Indian journal of veterinary science and animal husbandry - Volume 9,
Year: 1939
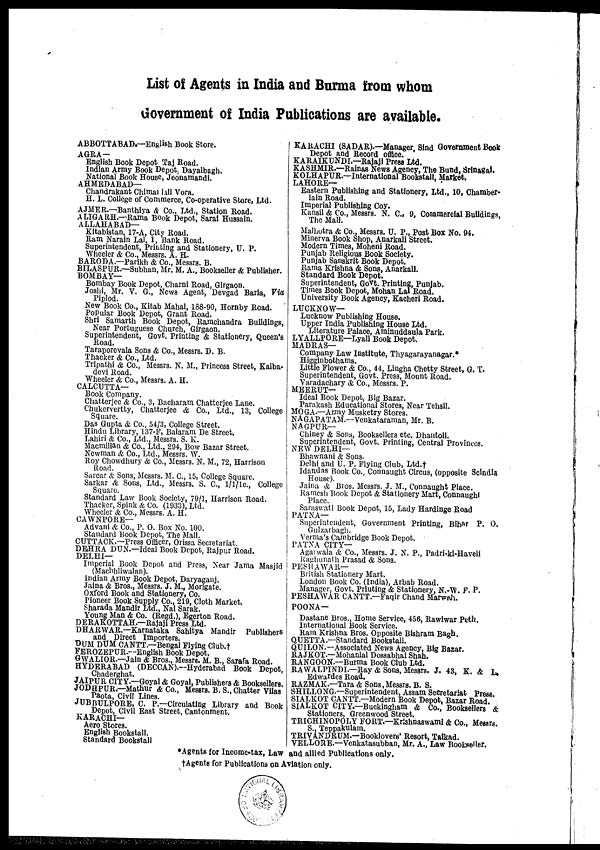
List of Agents in India and Burma from whom
Government of India Publications are available.
ABBOTTABAD.—English Book Store.
AGRA—
English Book Depot Taj Road.
Indian Army Book Depot. Dayalbagh.
National Book House, Jeonamandi.
AHMEDABAD—
Chandrakant Chimanlall Vora.
H. L. College of Commerce, Co-operative Store, Ltd.
AJMER.—Banthiya & Co., Ltd., Station Road.
A LIGARH.—Rama Book Depot, Sarai Hussain.
ALLAHABAD—
Kitabistan, 17-A, City Road.
Ram Narain Lal, 1, Bank Road.
Superintendent, Printing and Stationery, U. P.
Wheeler & Co., Messrs. A. H.
BARODA —Parikh & Co., Messrs. B.
BILASPUR.—Subhan, Mr. M. A., Bookseller & Publisher.
BOMBAY—
Bombay Book Depot, Charni Road, Girgaon.
Joshi, Mr. V. G., News Agent, Devgad Baria, Via
Piplod.
New Book Co., Kitab Mahal, 188-90, Hornby Road.
PoPular Book Depot, Grant Road.
Shri Samarth Book Depot, Ramchandra Buildings,
Near Portuguese Church, Girgaon.
Superintendent, Govt. Printing & Stationery, Queen's
Road.
Taraporevala Sons & Co., Messrs. D. B.
Thacker & Co., Ltd.
Tripathi & Co., Messrs. N. M., Princess Street, Kalba-
devi Road.
Wheeler & Co., Messrs. A. H.
CALCUTTA—
Book Company.
Chatterjee & Co., 3, Bacharam Chatterjee Lane.
Chukervertty, Chatterjee & Co., Ltd., 13, College
Square.
Das Gupta & Co., 54/3, College Street.
Hindu Library, 137-F, Balaram De Street.
Lahiri & Co., Ltd., Messrs. S. K.
Macmillan & Co., Ltd., 294, Bow Bazar Street.
Newman & Co., Ltd., Messrs. W.
Roy Chowdhury & Co., Messrs. N. M., 72, Harrison
Road.
Sarcar & Sons, Messrs. M. C., 15, College Square.
Sarkar & Sons, Ltd., Messrs. S. C., 1/1/1c., College
Square.
Standard Law Book Society, 79/1, Harrison Road.
Thacker, Spink & Co. (1933), Ltd.
Wheeler & Co., Messrs. A. H.
CAWNPORE—
Advani & Co., P. O. Box No. 100.
Standard Book Depot, The Mall.
CUTTACK.—Press Officer, Orissa Secretariat.
DEHRA DUN.—Ideal Book Depot, Rajpur Road.
DELHI—
Imperial Book Depot and Press, Near Jama Masjid
(Machhliwalan).
Indian Army Book Depot, Daryaganj.
Jaina & Bros., Messrs. J. M., Morigate.
Oxford Book and Stationery, Co.
Pioneer Book Supply Co., 219, Cloth Market.
Sharada Mandir Ltd., Nai Sarak.
Young Man & Co. (Regd.), Egerton Road.
DERAKOTTAH.—Rajaji Press Ltd.
DHARWAR.—Karnataka Sahitya Mandir Publishers
and Direct Importers.
DUM DUM CANTT.—Bengal Flying Club.†
FEROZEPUR.—English Book Depot.
GWALIOR.—Jain & Bros., Messrs. M. B., Sarafa Road.
HYDERABAD (DECCAN).—Hyderabad Book Depot,
Chaderghat.
JAIPUR CITY.—Goyal & Goyal, Publishers & Booksellers
JODHPUR.—Mathur & Co., Messrs. B. S.,Chatter Vilas
Paota, Civil Lines.
JUBBULPORE, C. P.—Circulating Library and Book
Depot, Civil East Street, Cantonment.
KARACHI—
Aero Stores.
English Bookstall.
Standard Bookstall
KARACHI (SADAR).—Manager, Sind Government Book
Depot and Record office.
KARAIKUNDI.—Rajaji Press Ltd.
KASHMIR.—Rainas News Agency, The Bund, Srinagal.
KOLHAPUR.—International Bookstall, Market.
LAHORE—
Eastern Publishing and Stationery, Ltd., 10, Chamber-
lain Road.
Imperial Publishing Coy.
Kansil & Co., Messrs. N. C., 9, Commercial Buildings,
The Mall.
Malhotra & Co., Messrs. U. P., Post Box No. 94.
Minerva Book Shop, Anarkali Street.
Modern Times, Moheni Road.
Punjab Religious Book Society.
Punjab Sanskrit Book Depot.
Rama Krishna & Sons, Anarkali.
Standard Book Depot.
Superintendent, Govt. Printing, Punjab.
Times Book Depot, Mohan Lal Road.
University Book Agency, Kacheri Road.
LUCKNOW—
Lucknow Publishing House.
Upper India Publishing House Ltd.
Literature Palace, Aminuddaula Park.
LYALLPORE—Lyall Book Depot.
MADRAS—
Company Law Institute, Thyagarayanagar.*
Higginbothams.
Little Flower & Co., 44, Lingha Chetty Street, G. T.
Superintendent, Govt. Press, Mount Road.
Varadachary & Co., Messrs. P.
MEERUT—
Ideal Book Depot, Big Bazar.
Parakash Educational Stores, Near Tehsil.
MOGA.—Army Musketry Stores.
NAGAPATAM.—Venkataraman, Mr. B.
NAGPUR—
Chiney & Sons, Booksellers etc. Dhantoli.
Superintendent, Govt. Printing, Central Provinces.
NEW DELHI—
Bhawnani & Sons.
Delhi and U. P. Flying Club, Ltd.†
Idandas Book Co., Connaught Circus, (opposite Scindia
House).
Jaina & Bros. Messrs. J. M., Connaught Place.
Ramesh Book Depot & Stationery Mart, Connaught
Place.
Saraswati Book Depot, 15, Lady Hardinge Road
PATNA—
Superintendent, Government Printing, Bihar P. O.
Gulzarbagh.
Verma's Cambridge Book Depot.
PATNA CITY—
Agarwala & Co., Messrs. J. N. P., Padri-ki-Haveli
Raghunath Prasad & Sons.
PESHAWAR—
British Stationery Mart.
London Book Co. (India), Arbab Road.
Manager, Govt. Printing & Stationery, N.-W. F. P.
PESHAWAR CANTT.—Faqir Chand Marwah.
POONA—
Dastane Bros., Home Service, 456, Rawiwar Peth.
International Book Service.
Ram Krishna Bros. Opposite Bishram Bagh.
QUETTA.— Standard Bookstall.
QUILON.—Associated News Agency, Big Bazar.
RAJKOT.—Mohanlal Dossabhai Shah.
RANGOON.—Burma Book Club Ltd.
RAWALPINDI—Ray & Sons, Messrs. J. 43, K. & L,
Edwardes Road.
RAZMAK.—Tara & Sons,Messrs. B. S.
SHILLONG.—Superintendent, Assam Secretariat Press.
SIALKOT CANTT.—Modern Book Depot, Bazar Road.
SIALKOT CITY.—Buckingham & Co., Booksellers &
Stationers, Greenwood Street.
TRICHINOPOLY FORT.—Krishnaswami & Co., Messrs.
S., Teppakulam.
TRIVANDRUM.—Booklovers' Resort, Taikad.
VELLORE.—Venkatasubban, Mr. A., Law Bookseller.
*Agents for Income-tax, Law and allied Publications only.
†Agents for Publications on Aviation only.